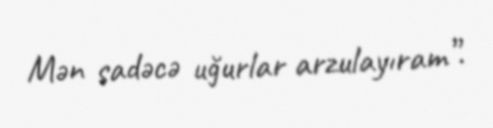
Mən sadəcə uğurlar arzulayıram”.